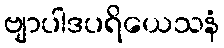
ဗျာပါဒပရိယေသနံ